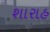
શારાહ